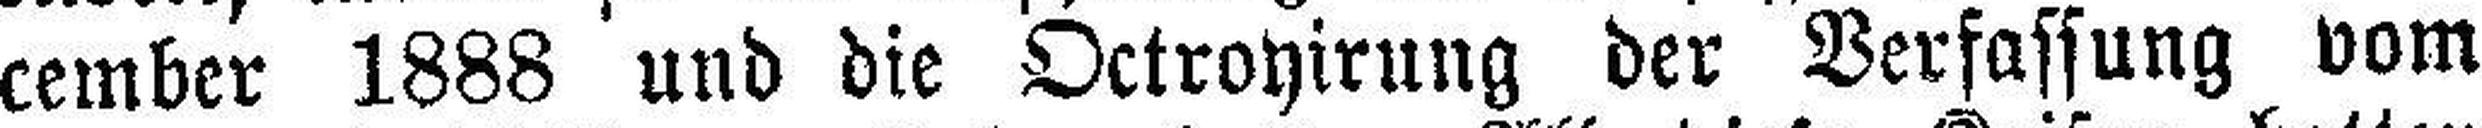
cember 1888 und die Octroyirung der Verfassung vom